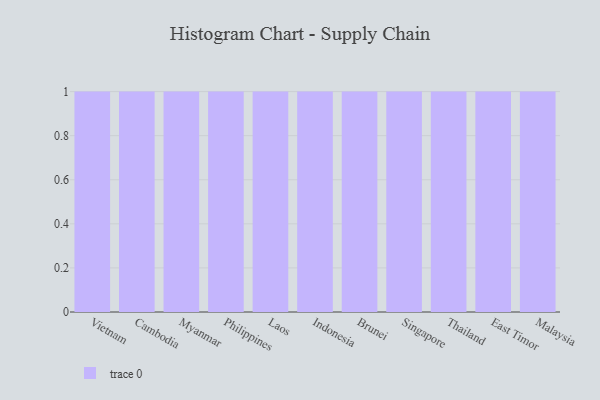
{"axis": {"x": "Country", "y": "Humidity (%)"}, "legend": [""], "data": [{"x": "Vietnam", "y": 26, "type": ""}, {"x": "Cambodia", "y": 49, "type": ""}, {"x": "Myanmar", "y": 75, "type": ""}, {"x": "Philippines", "y": 2, "type": ""}, {"x": "Laos", "y": 16, "type": ""}, {"x": "Indonesia", "y": 92, "type": ""}, {"x": "Brunei", "y": 44, "type": ""}, {"x": "Singapore", "y": 42, "type": ""}, {"x": "Thailand", "y": 31, "type": ""}, {"x": "East Timor", "y": 81, "type": ""}, {"x": "Malaysia", "y": 67, "type": ""}]}